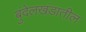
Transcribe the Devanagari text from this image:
बुंदेलखंडातील